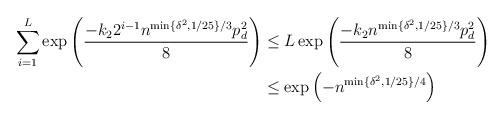
LaTeX: \begin{align*}\sum_{i=1}^L \exp\left(\frac{- k_22^{i-1}n^{\min\{\delta^2,1/25\}/3}p_d^2}{8}\right)& \le L\exp\left(\frac{- k_2n^{\min\{\delta^2,1/25\}/3}p_d^2}{8}\right)\\& \le \exp\left(- n^{\min\{\delta^2,1/25\}/4}\right)\end{align*}